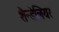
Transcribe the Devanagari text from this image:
शैन्डेलियर